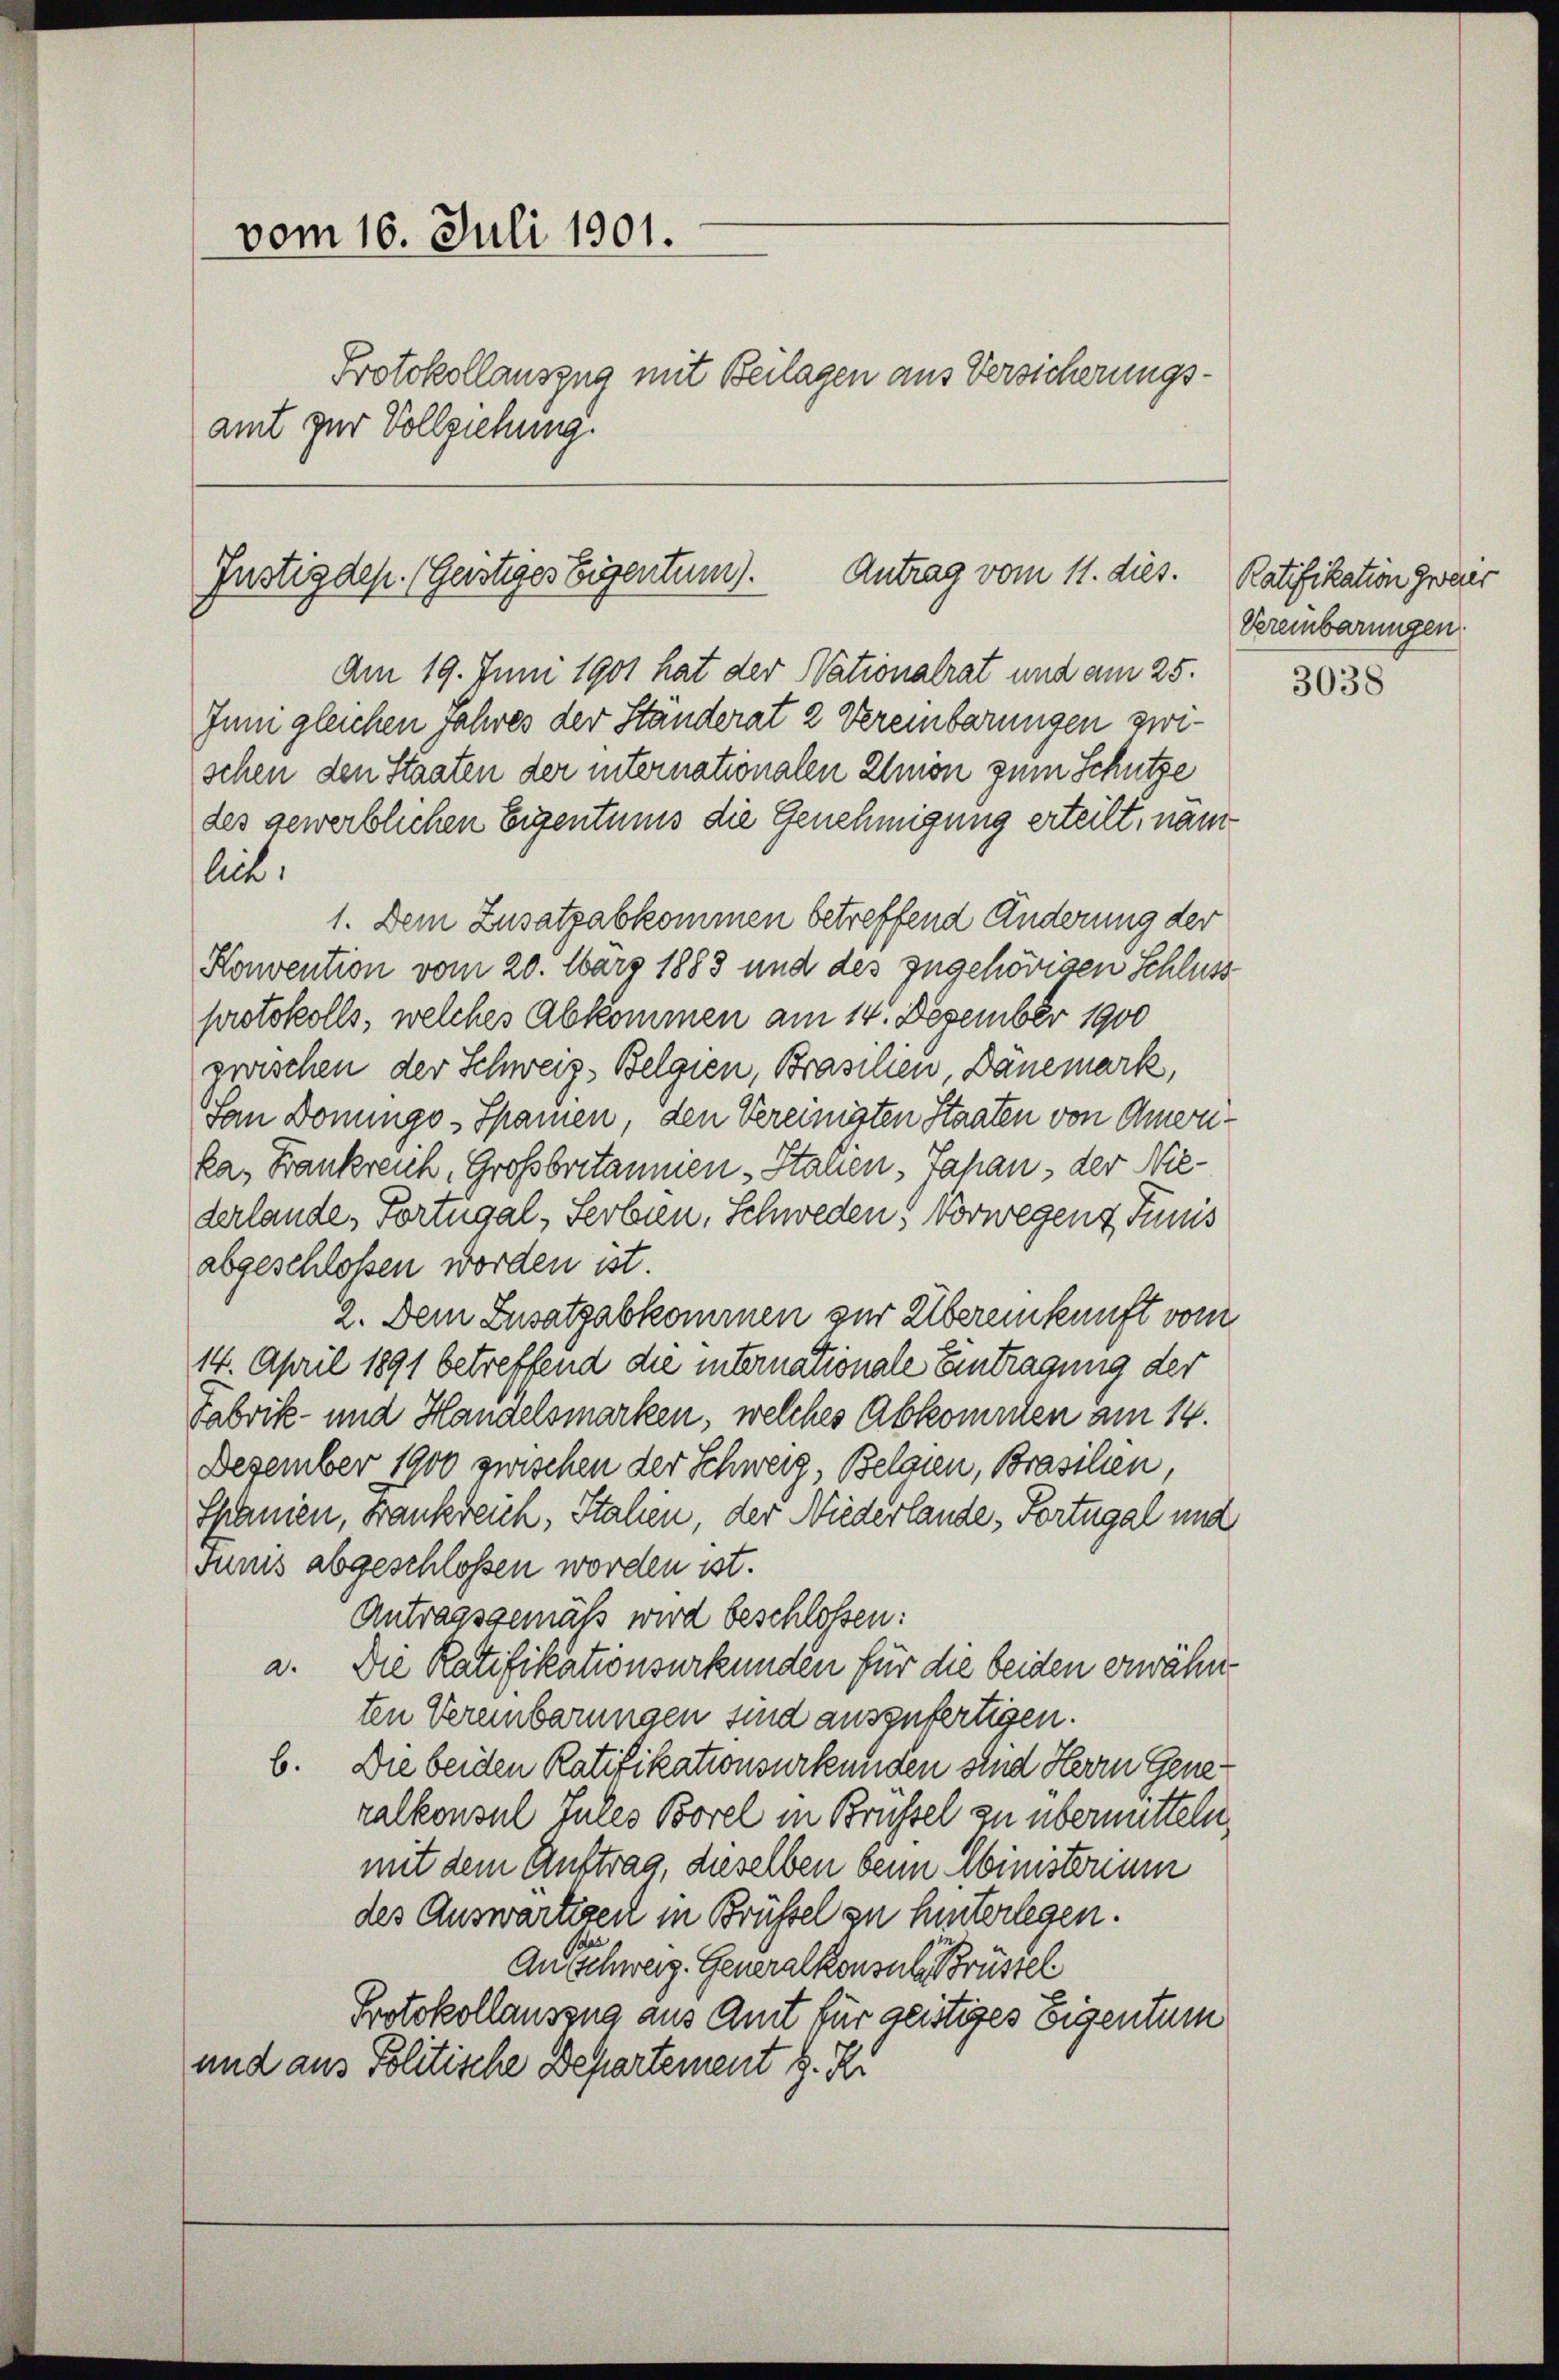
vom 16. Juli 1901.
amt zur Vollziehung.

Protokollauszug mit Beilagen aus Versicherungs¬

Antrag vom 11. dies.
Justizdep. (Geistiges Eigentum).

Am 19. Juni 1901 hat der Nationalrat und am 25.
Juni gleichen Jahres der Standerat 2 Vereinbarungen zwischen den Staaten der internationalen Elmön zum Schutze
des gewerblichen Eigentums die Genehmigung erteilt, nam
lit.
1. Dem Zusatzabkommen betreffend Änderung der
Konvention vom 20. März 1883 und des zugehörigen Schluss
protokolls, welches Abkommen am 14. Dezember 1900
zwischen der Schweiz. Belgien, Braschen, Dänemark,
San Donungs-Sparen, den Vereinigten Staaten von Amerika, Frankreich, Großbritannien Stauen Japan, der Niederlande, Fortugal, Serbien, Schweden, Vorwegen Junis
abgeschlossen worden ist.
2. Dem Zusatzabkommen zur Übereinkunft vom
14. April 1891 betreffend die internationale Eintragung der
Fabrik- und Handelsmarken, welches Abkommen am 14.
Dezember 1900 zwischen der Schweiz, Belgien, Brasilien,
Spanien, Frankreich, Stahen, der Niederlande, Fortugal und
Funis abgeschlossen worden ist.
Antragsgemäß wird beschlossen:
a. Die Ratifikationsurkunden für die beiden erwähn
ten Vereinbarungen sind auszufertigen.
b. Die beiden Ratifikationsurkunden sind Herrn Gene
ralkonsul Jules Borel in Brüssel zu übermitteln,
mit dem Auftrag, dieselben beim Einisterum
des Auswärtigen in Brüssel zu hinterlegen.
An Schweiz. Generalkonsula rüstel
Protokollauszug aus Amt für geistiges Eigentum
und aus Politische Departement S. R.

Ratifikation zwais
Vereinbarungen

3038